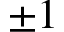
\pm 1